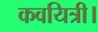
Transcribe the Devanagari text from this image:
कवयित्री।